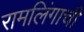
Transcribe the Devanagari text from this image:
रामलिंगाची